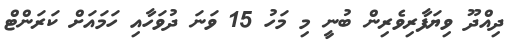
ދިއްދޫ ވިޔަފާރިވެރިން ބުނީ މި މަހު 15 ވަނަ ދުވަހާއި ހަމައަށް ކަރަންޓް